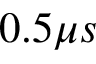
0 . 5 \mu s